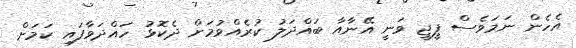
އެހެން ނަމަވެސް ޕީޖީ ވަނީ އޭނާއާ ބައްދަލު ކުރެއްވުމަށް ދެކޮޅު ހައްދަވާފައި ކަމަށް